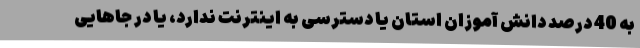
به 40 درصد دانش آموزان استان یا دسترسی به اینترنت ندارد، یا در جاهایی